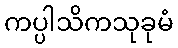
ကပ္ပါသိကသုခုမံ